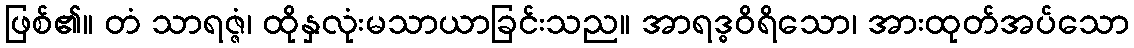
ဖြစ်၏။ တံ သာရဇ္ဇံ၊ ထိုနှလုံးမသာယာခြင်းသည။ အာရဒ္ဓဝိရိသော၊ အားထုတ်အပ်သော